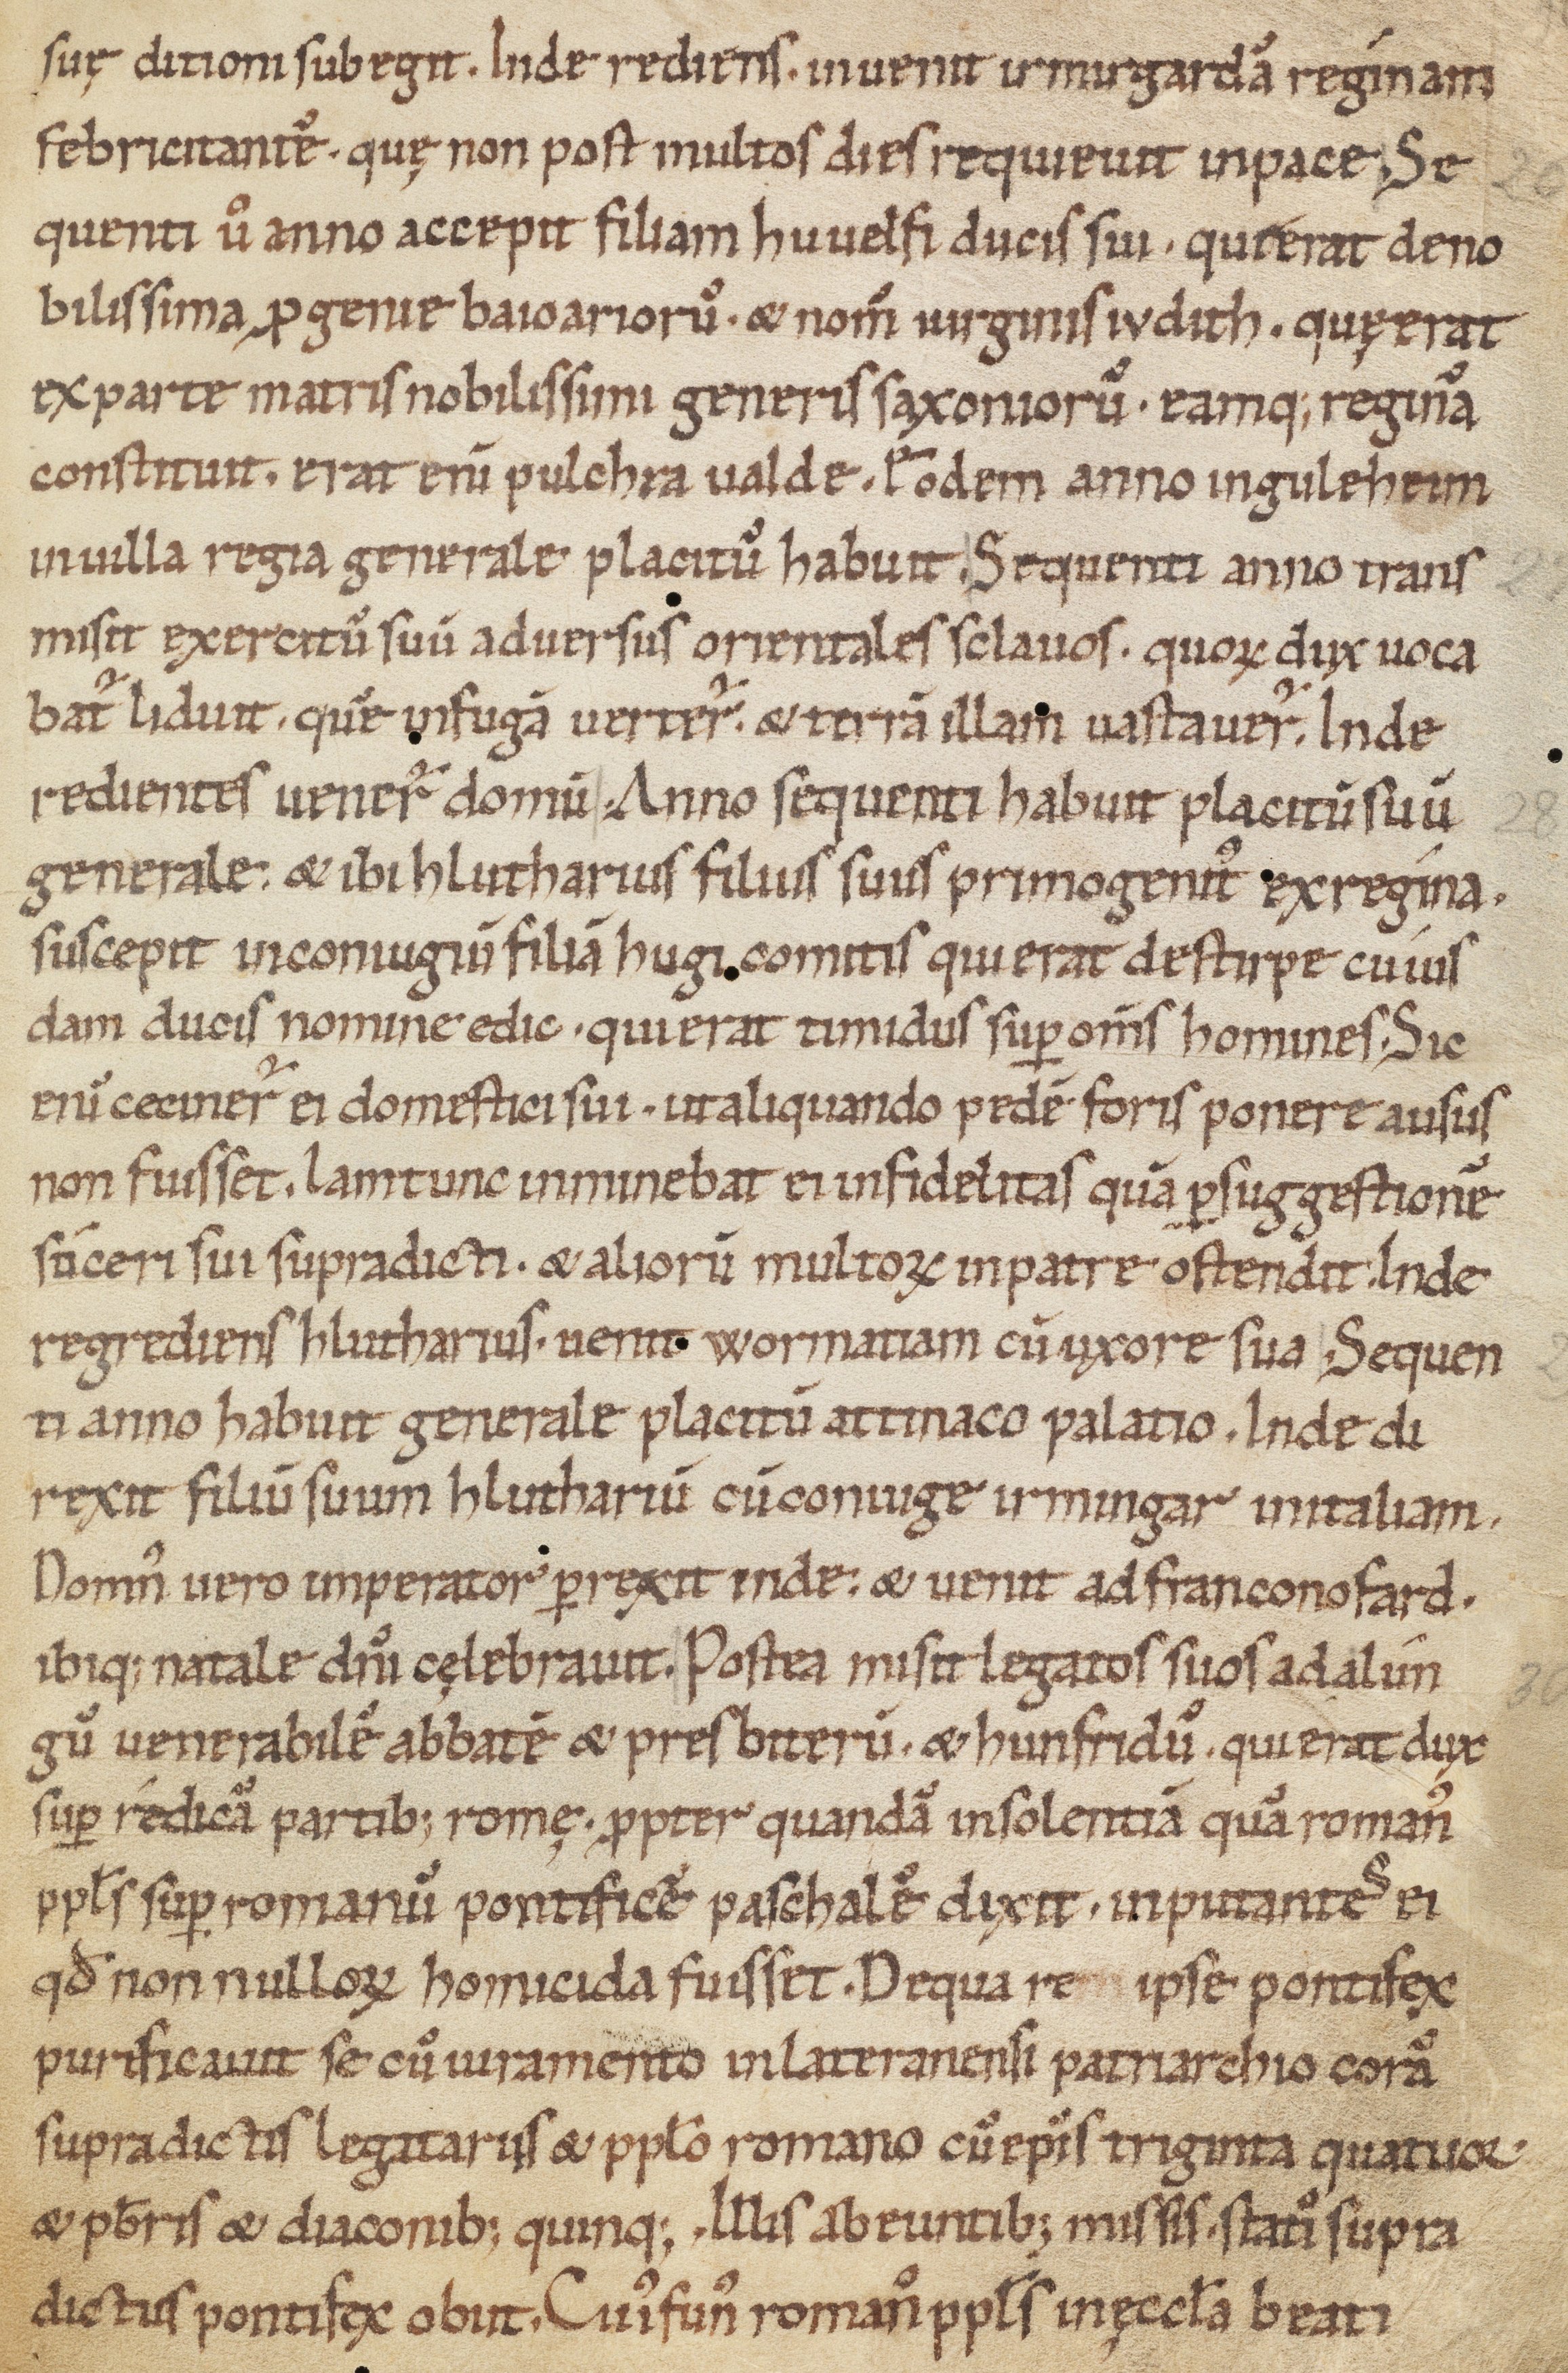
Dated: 1000–1099